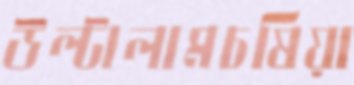
উল্টালামচষিয়া